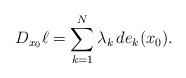
LaTeX: \begin{align*} D_{x_0}\ell=\sum_{k=1}^{N}\lambda_k \, de_{k}(x_{0}).\end{align*}